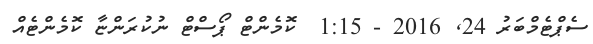
ސެޕްޓެމްބަރު 24